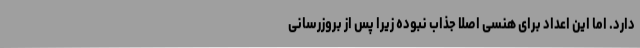
دارد. اما این اعداد برای هنسی اصلا جذاب نبوده زیرا پس از بروزرسانی